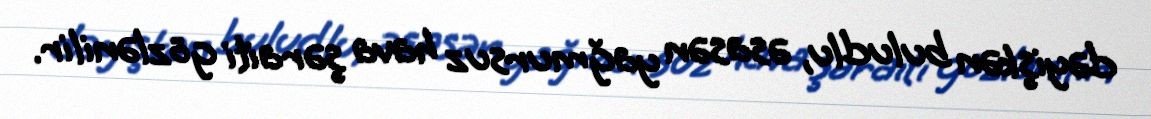
dəyişkən buludlu, əsasən yağmursuz hava şəraiti gözlənilir.